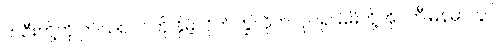
တဦးတို့ကို ဤသစ်ပင်ကို နှိမ့်လိုက်ကြွလိုက်လုပ်၍ မိမိတို့အိုင်တီမြန်မာတွင်